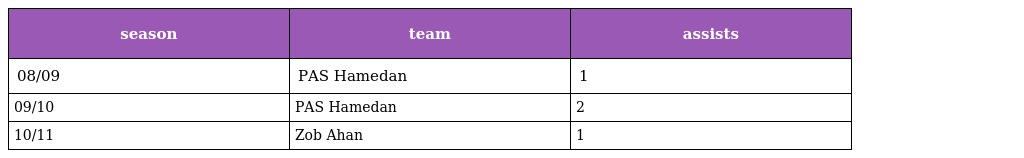
| season | team | assists |
 | --- | --- | --- |
 | 08/09 | PAS Hamedan | 1 |
 | 09/10 | PAS Hamedan | 2 |
 | 10/11 | Zob Ahan | 1 |